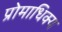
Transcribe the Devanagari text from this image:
प्रोमाधिक्य